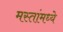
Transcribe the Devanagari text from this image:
मस्तांमध्ये